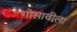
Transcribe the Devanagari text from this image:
गोसावीला